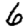
Digit: 6